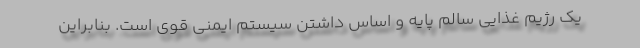
یک رژیم غذایی سالم پایه و اساس داشتن سیستم ایمنی قوی است. بنابراین